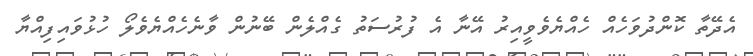
އެދޭތާ ކޮންދުވަހެއް ހެއްޔެވެވީއިރު އޭނާ އެ ފުރުސަތު ގެއްލެން ބޭނުން ވާނެހެއްޔެވެލޯ ހުޅުވައިފިއްޔާ